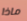
ماذا